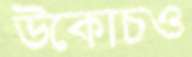
উকোচও